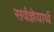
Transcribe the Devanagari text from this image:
सर्वज्ञेयार्थ